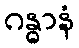
ဂန္ဓာနံ